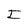
Character: I